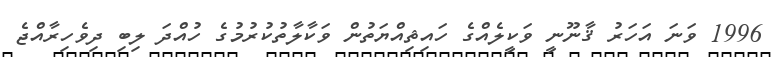
1996 ވަނަ އަހަރު ޤާނޫނީ ވަކީލެއްގެ ހައިޘިއްޔަތުން ވަކާލާތުކުރުމުގެ ހުއްދަ ލިބި ދިވެހިރާއްޖެ